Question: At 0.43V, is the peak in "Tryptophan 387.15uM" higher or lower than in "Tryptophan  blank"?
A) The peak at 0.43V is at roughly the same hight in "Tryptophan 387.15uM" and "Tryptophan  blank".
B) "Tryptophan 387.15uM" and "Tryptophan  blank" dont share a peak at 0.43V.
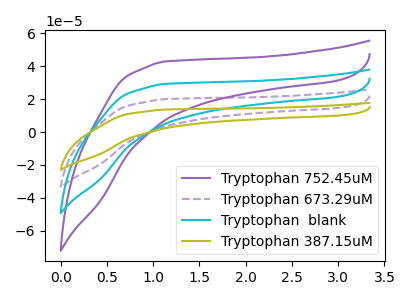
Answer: <think>The purple curve "Tryptophan 752.45uM" has no peaks. The purple dashed curve "Tryptophan 673.29uM" has no peaks. The cyan curve "Tryptophan  blank" has no peaks. The olive curve "Tryptophan 387.15uM" has no peaks.</think>
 <answer>B) "Tryptophan 387.15uM" and "Tryptophan  blank" dont share a peak at 0.43V.</answer>
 <eval>B</eval>